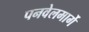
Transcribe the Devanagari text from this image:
पनवेलमार्गे